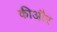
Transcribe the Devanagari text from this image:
कीऔर